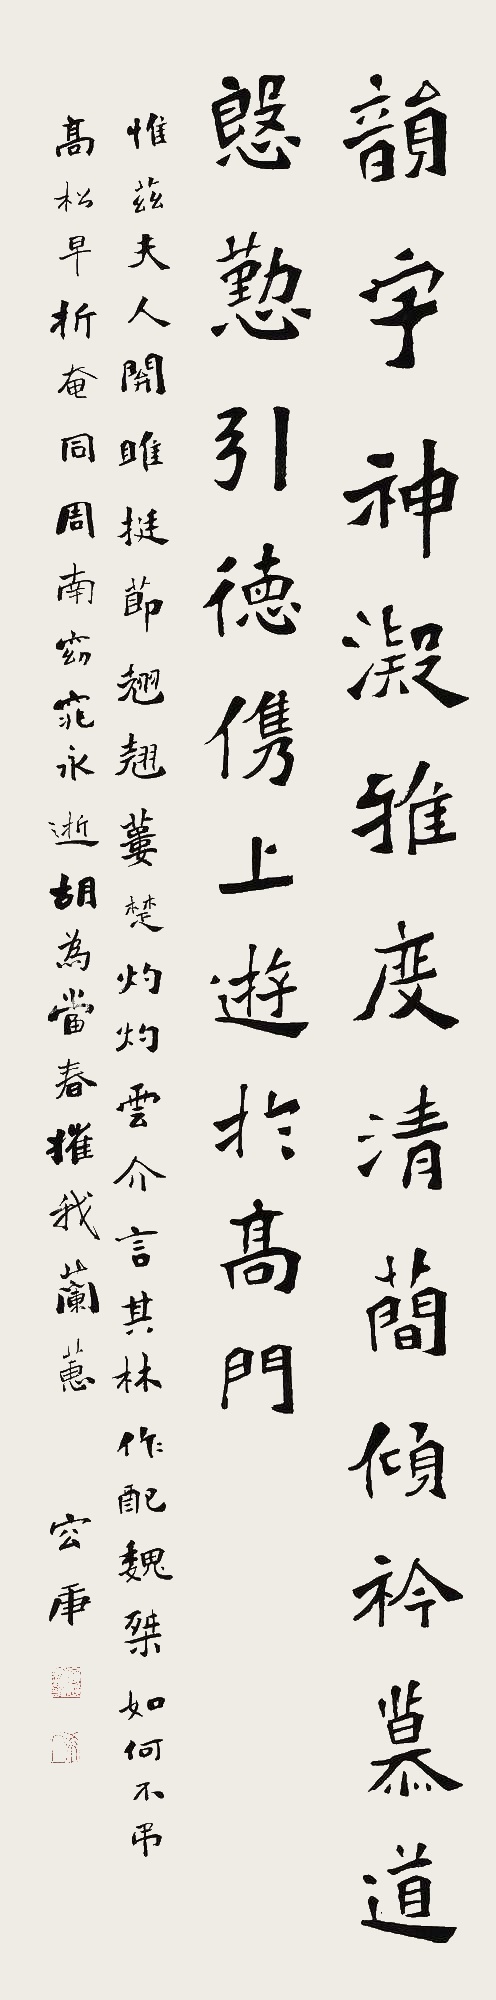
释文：韵宇神凝，雅度清简，倾衿慕道，殷勤引德，㑺上游于高门。惟兹夫人，关雎挺节，翘翘蒌楚，灼灼云介，言其林，作配魏桀。如何不吊，高松早折，奄同周南，窈窕永逝。胡为当春，摧我兰蕙。容庚。